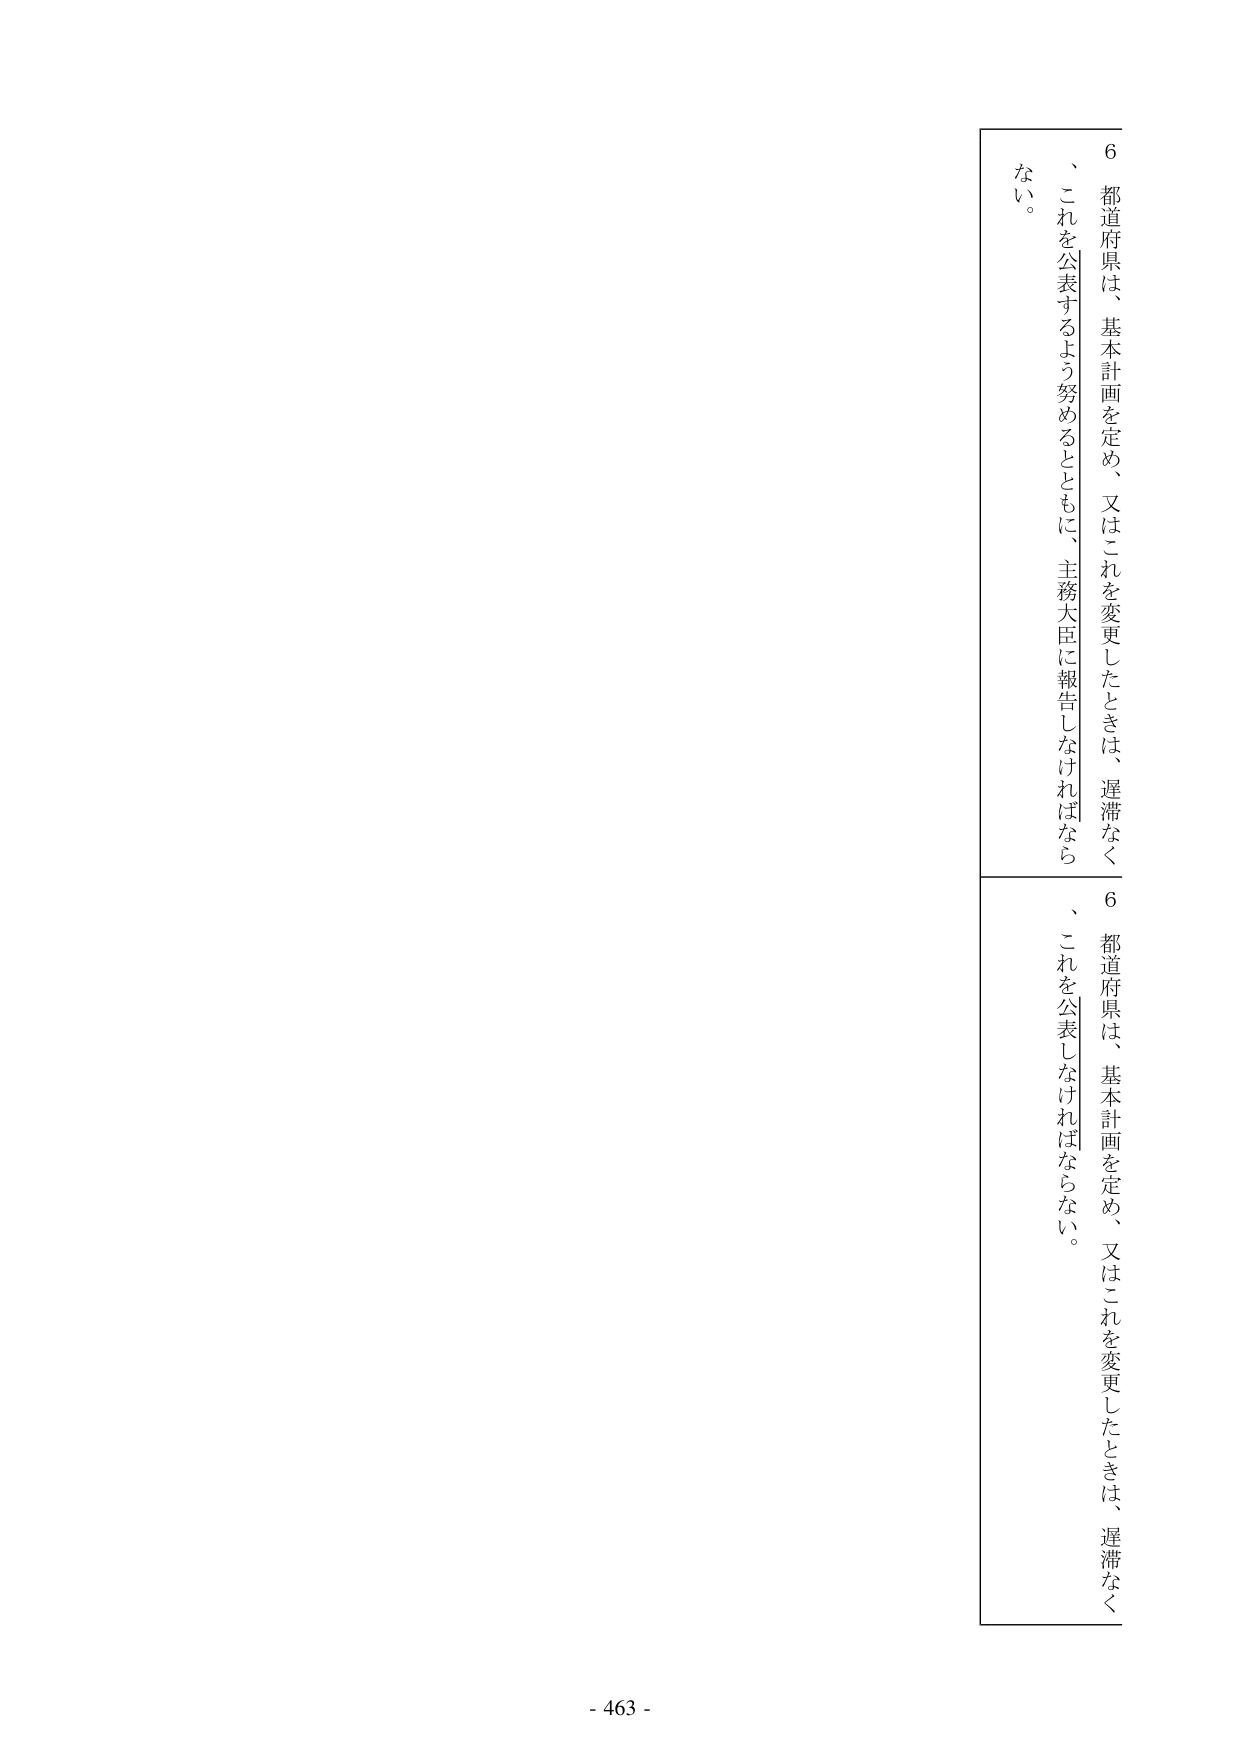
6 都道府県は、基本計画を定め、又はこれを変更したときは、遅滞なく、これを公表するよう努めるとともに、主務大臣に報告しなければならない。

6 都道府県は、基本計画を定め、又はこれを変更したときは、遅滞なく、これを公表しなければならない。

- 463 -